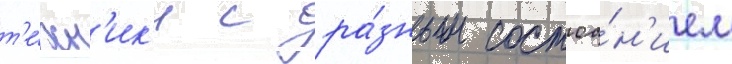
т'е́хн'ик'и с ра́зным состоа́н'ием